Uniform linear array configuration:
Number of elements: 4
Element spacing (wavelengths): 1
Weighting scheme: blackman
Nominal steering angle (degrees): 30
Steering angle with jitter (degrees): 30.137
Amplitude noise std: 0.05
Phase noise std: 0.05

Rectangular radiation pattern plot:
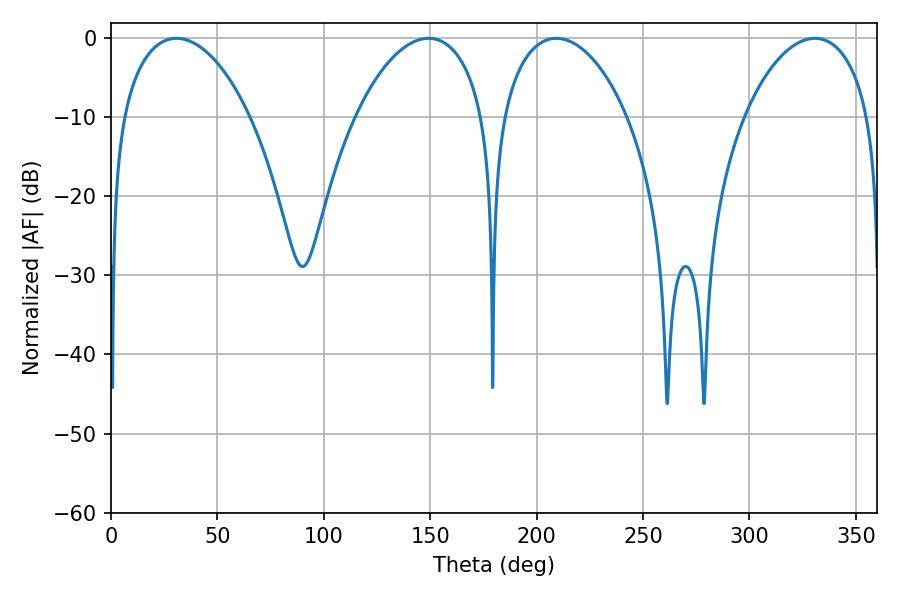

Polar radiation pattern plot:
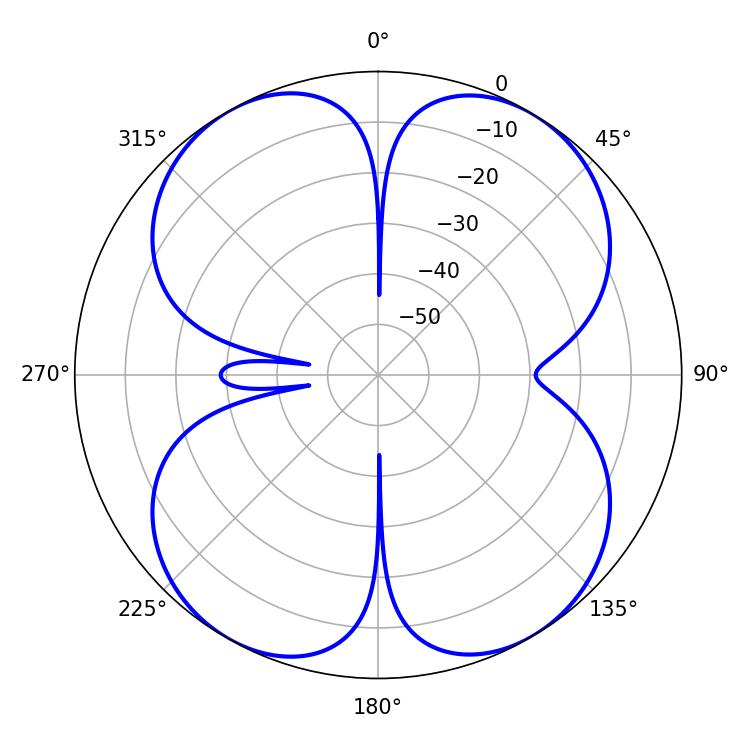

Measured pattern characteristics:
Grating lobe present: TRUE
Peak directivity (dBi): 16.234
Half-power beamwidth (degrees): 34.2
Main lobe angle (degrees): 30.78